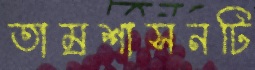
তাম্রশাসনটি